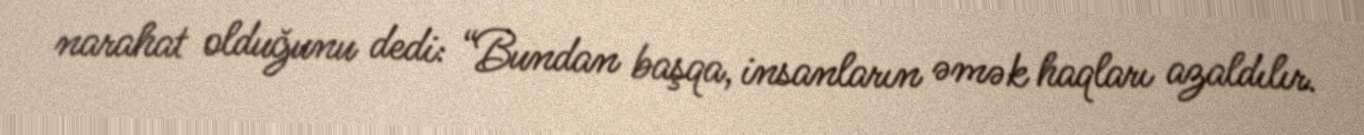
narahat olduğunu dedi: “Bundan başqa, insanların əmək haqları azaldılır.